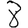
Digit: 8